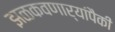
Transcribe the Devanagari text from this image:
झळकवणार्‍यांपैकी